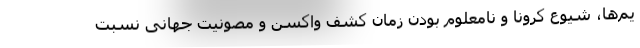
یم‌ها، شیوع کرونا و نامعلوم بودن زمان کشف واکسن و مصونیت جهانی نسبت